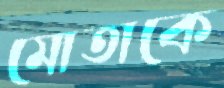
মোতাকে